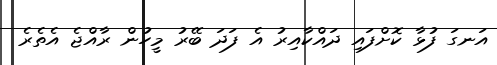
އަނގަ ފުޅާ ކޮށްފައި ދައްކާއިރު އެ ފަދަ ބޭރު މީހުން ރާއްޖެ އެތެރެ